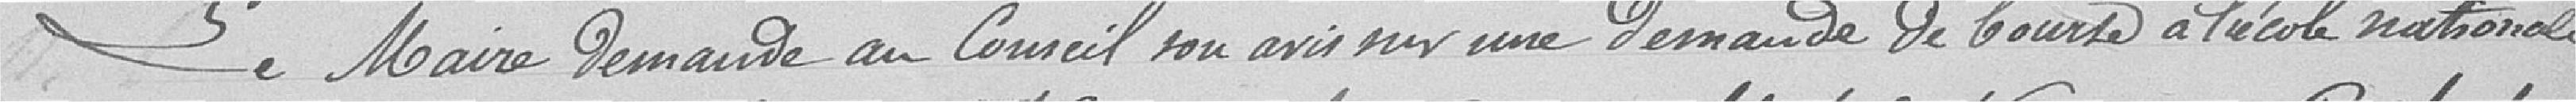
Le Maire demande au Conseil son avis sur une demande de bourse à l'école nationale